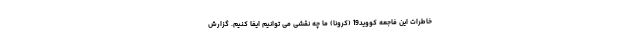
خاطرات این فاجعه کووید19 (کرونا) ما چه نقشی می توانیم ایفا کنیم. گزارش